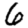
Digit: 6